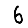
Digit: 6